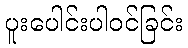
ပူးပေါင်းပါဝင်ခြင်း